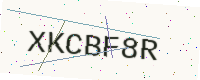
Text: XKCBF8R